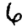
Digit: 6